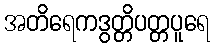
အတိရေကဒွတ္တိပတ္တပူရေ